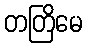
တတြိမေ